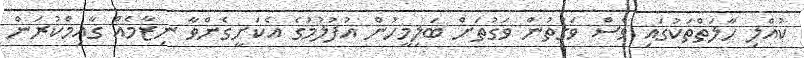
ކުއްލި ހާލަތްތަކުގައި ވެސް ވަގުތުން ވަގުތަށް ބަލިމީހުން އުފުލުމުގެ އެކަށީގެންވާ ނިޒާމެއް ގާއިމްކުރަން